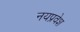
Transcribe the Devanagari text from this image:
नयप्रवेश